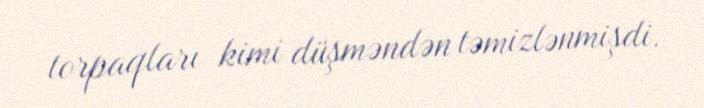
torpaqları kimi düşməndən təmizlənmişdi.